38_143685_box_Incident_Summaries_173-233
Agency: Department of War
Page 58
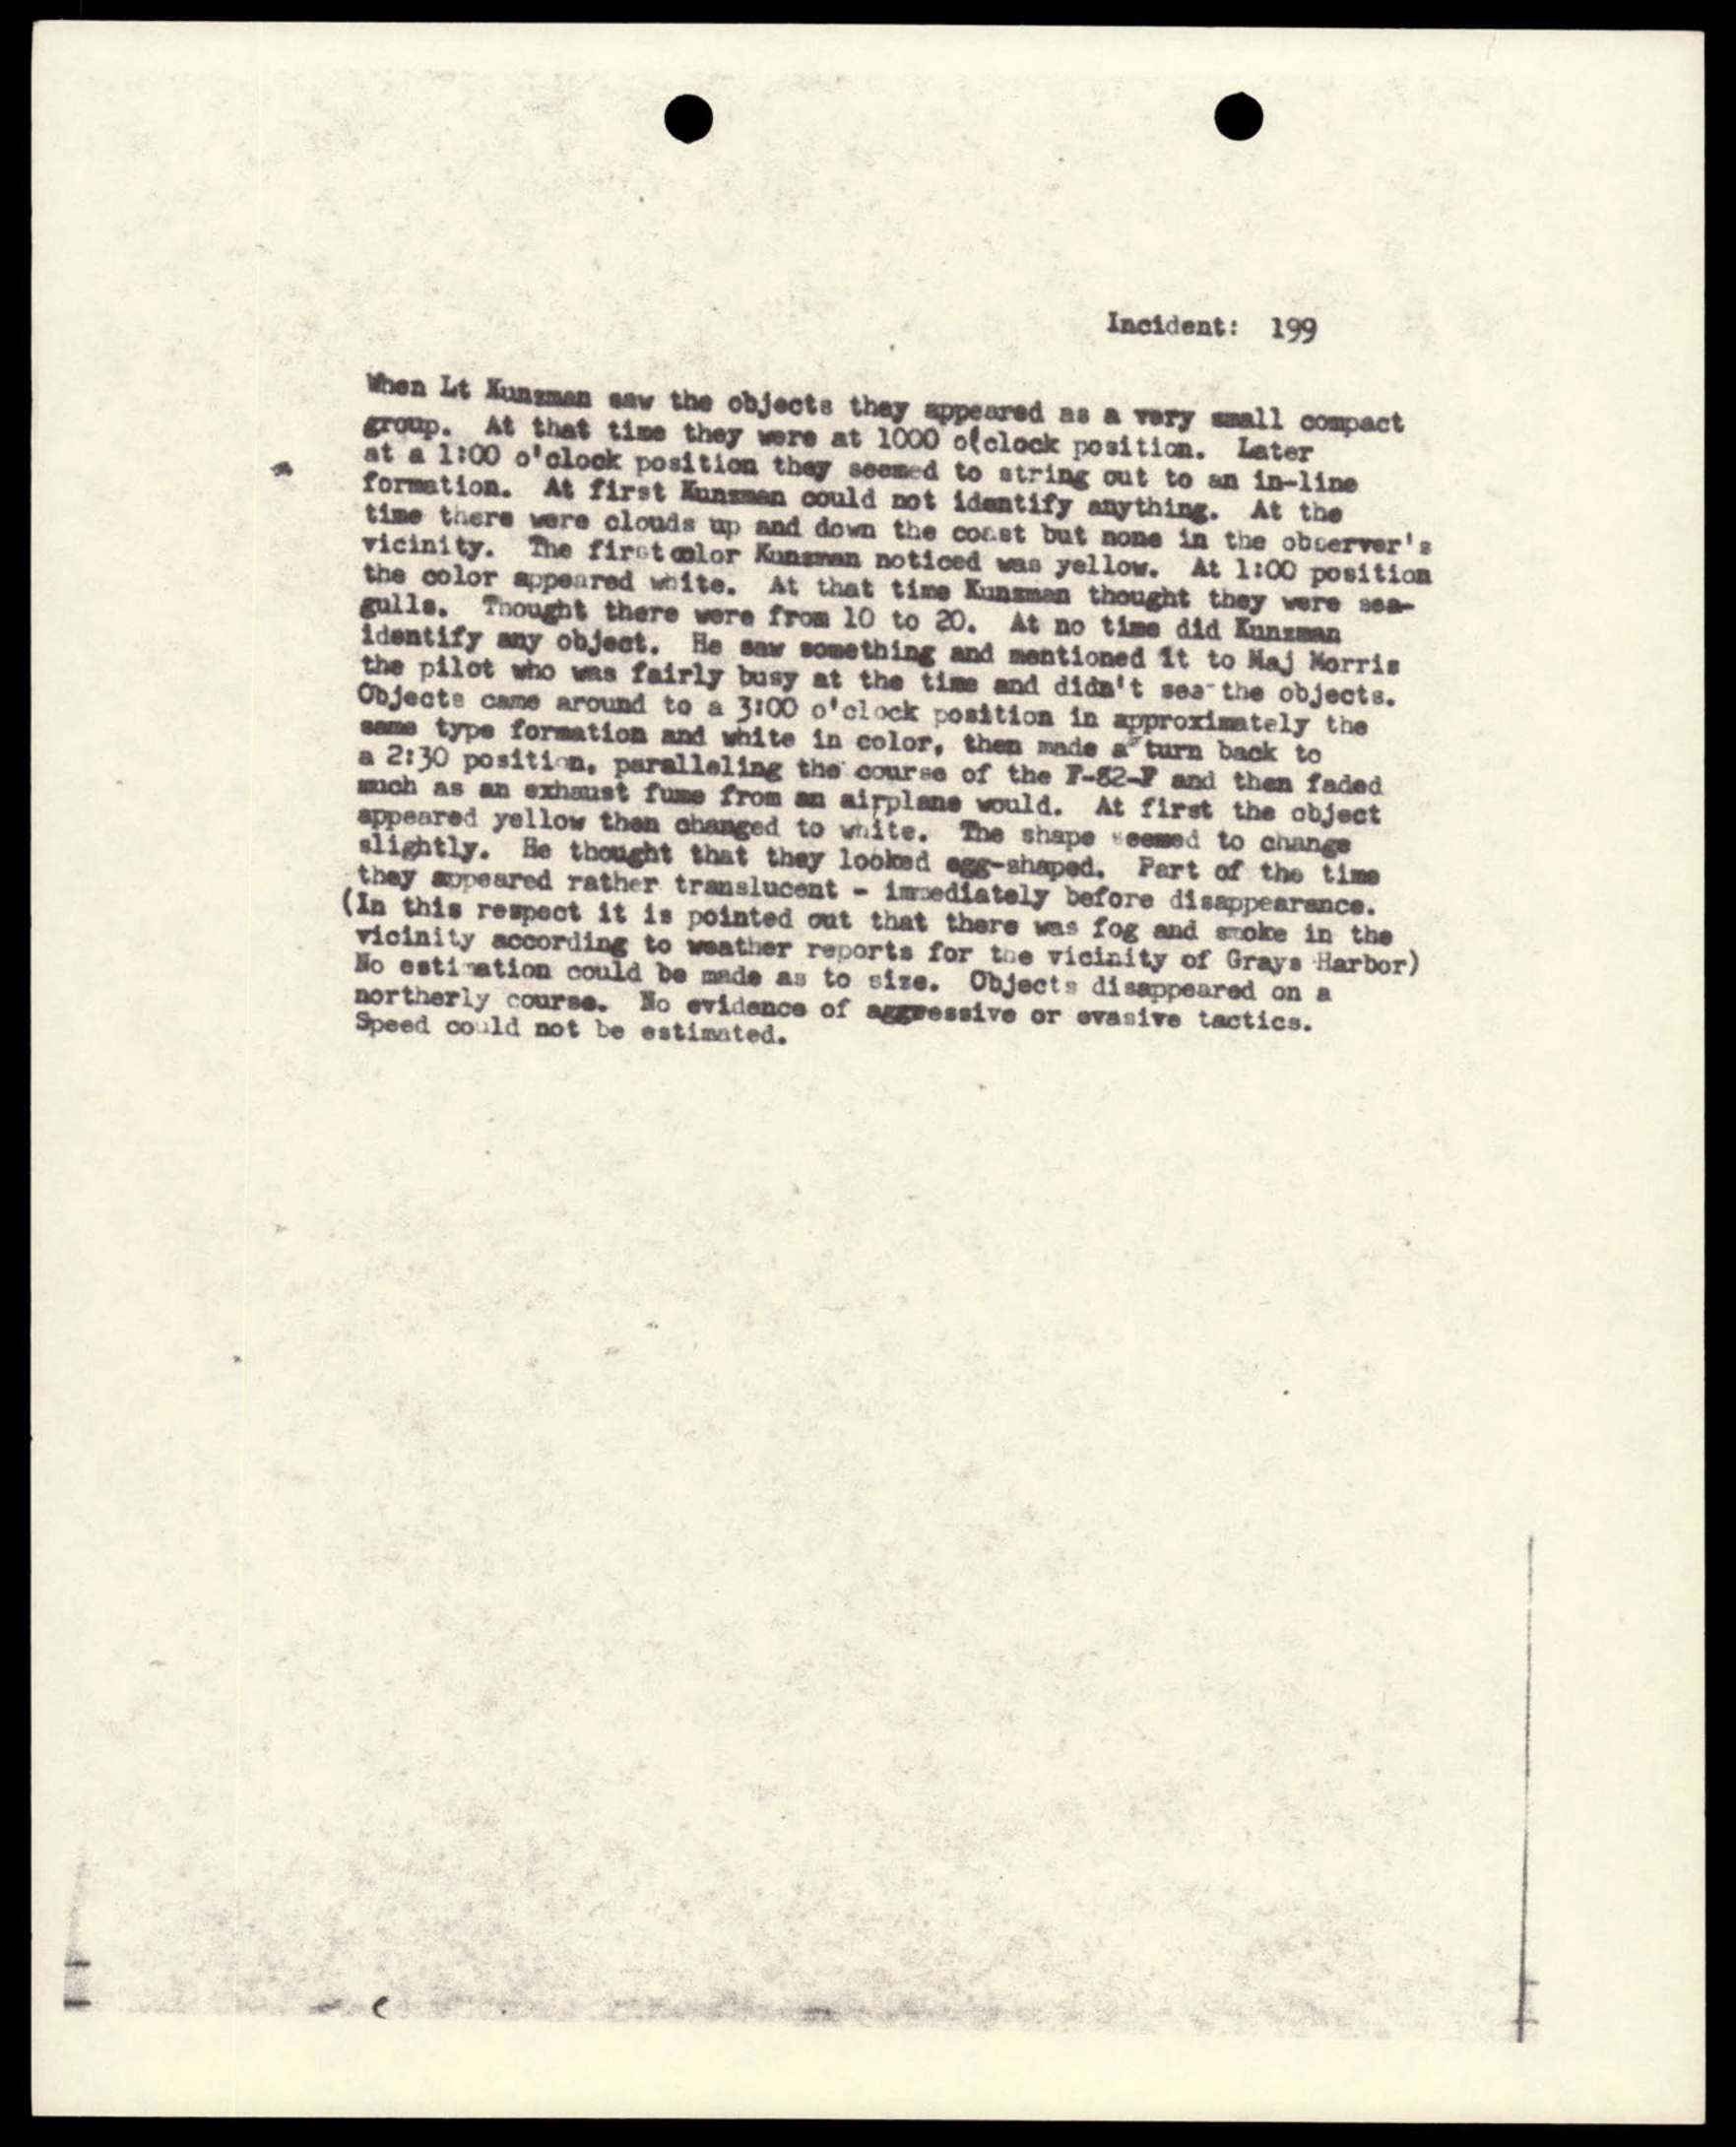